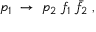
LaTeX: p _ { 1 } \; \to \; p _ { 2 } \; f _ { 1 } \; \bar { f } _ { 2 } \; ,